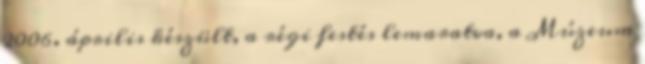
2006. április készült, a régi festés lemaratva, a Múzeum